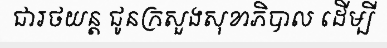
ជារថយន្ត ជូនក្រសួងសុខាភិបាល ដើម្បី